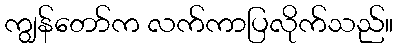
ကျွန်တော်က လက်ကာပြလိုက်သည်။